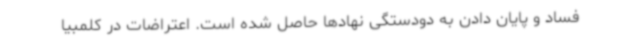
فساد و پایان دادن به دودستگی نهادها حاصل شده است. اعتراضات در کلمبیا